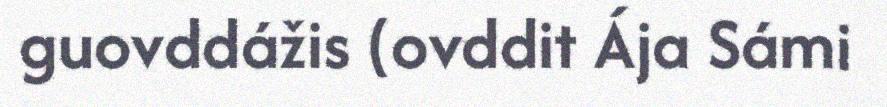
guovddážis (ovddit Ája Sámi